Education (Scotland) Act, 1936, 1936
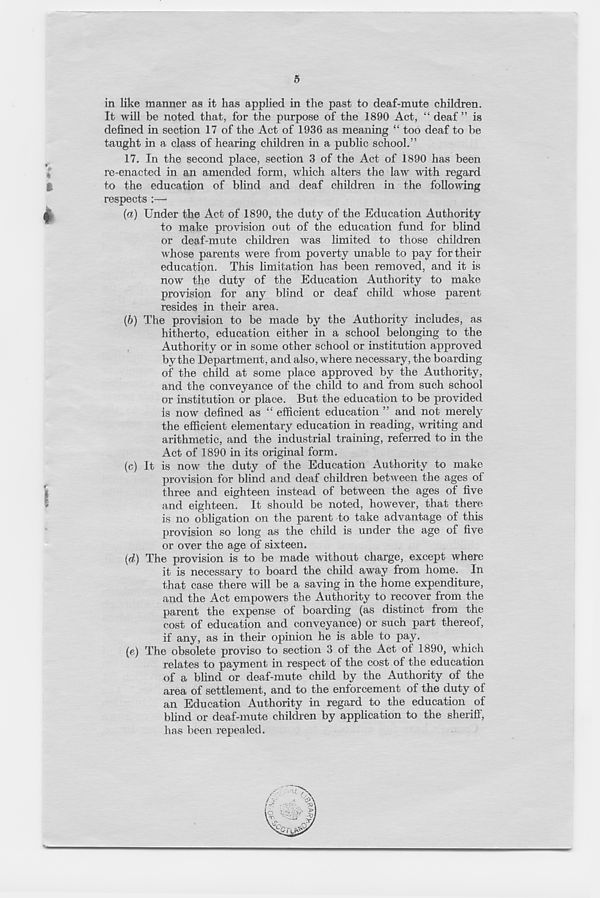
5
in like manner as it has applied in the past to deaf-mute children.
It will be noted that, for the purpose of the 1890 Act, “ deaf” is
defined in section 17 of the Act of 1936 as meaning “ too deaf to be
taught in a class of hearing children in a public school.”
17. In the second place, section 3 of the Act of 1890 has been
re-enacted in an amended form, which alters the law with regard
g
to the education of blind and deaf children in the following
respects :—•
{a) Under the Act of 1890, the duty of the Education Authority
to make provision out of the education fund for blind
or deaf-mute children was limited to those children
whose parents were from poverty unable to pay for their
education. This limitation has been removed, and it is
now the duty of the Education Authority to make
provision for any blind or deaf child whose parent
resides in their area.
(6) The provision to be made by the Authority includes, as
hitherto, education either in a school belonging to the
Authority or in some other school or institution approved
by the Department, and also, where necessary, the boarding
of the child at some place approved by the Authority,
and the conveyance of the child to and from such school
or institution or place. But the education to be provided
is now defined as “ efficient education ” and not merely
the efficient elementary education in reading, writing and
arithmetic, and the industrial training, referred to in the
Act of 1890 in its original form.
(c) It is now the duty of the Education Authority to make
provision for blind and deaf children between the ages of
three and eighteen instead of between the ages of five
and eighteen. It should be noted, however, that there
is no obligation on the parent to take advantage of this
provision so long as the child is under the age of five
or over the age of sixteen.
(d) The provision is to be made without charge, except where
it is necessary to board the child away from home. In
that case there will be a saving in the home expenditure,
and the Act empowers the Authority to recover from the
parent the expense of boarding (as distinct from the
cost of education and conveyance) or such part thereof,
if any, as in their opinion he is able to pay.
(e) The obsolete proviso to section 3 of the Act of 1890, which
relates to payment in respect of the cost of the education
of a blind or deaf-mute child by the Authority of the
area of settlement, and to the enforcement of the duty of
an Education Authority in regard to the education of
blind or deaf-mute children by application to the sheriff,
has been repealed.